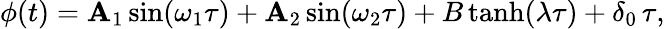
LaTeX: \phi(t)=\mathbf{A}_{1}\sin(\omega_{1}\tau)+\mathbf{A}_{2}\sin(\omega_{2}\tau)+B\operatorname{tanh}(\lambda\tau)+\delta_{0}\, \tau,